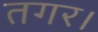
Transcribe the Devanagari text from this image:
तगर।